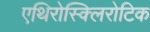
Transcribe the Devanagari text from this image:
एथिरोस्क्लिरोटिक